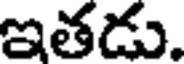
ఇతడు.